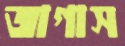
জাগাস